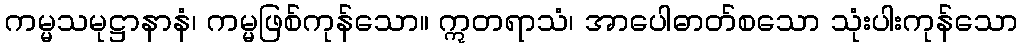
ကမ္မသမုဋ္ဌာနာနံ၊ ကမ္မဖြစ်ကုန်သော။ ဣတရာသံ၊ အာပေါဓာတ်စသော သုံးပါးကုန်သော